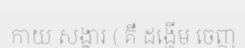
កាយ សង្ខារ ( គឺ ដង្ហើម ចេញ